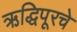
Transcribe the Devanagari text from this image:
ऋद्धिपूरचे